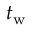
t _ { \mathrm { w } }